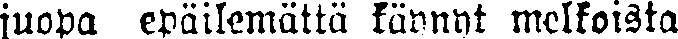
juopa epäilemättä käynyt melkoista